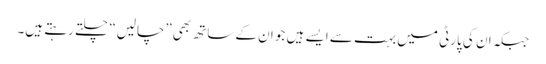
جبکہ ان کی پارٹی میں بہت سے ایسے ہیں جو ان کے ساتھ بھی”چالیں“ چلتے رہتے ہیں۔